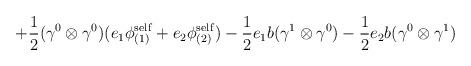
LaTeX: \begin{align*}+ \frac{1}{2} ({\gamma}^0 \otimes {\gamma}^0) (e_1 {\phi}^{\rm self}_{(1)}+ e_2 {\phi}^{\rm self}_{(2)}) - \frac{1}{2} e_1 b ({\gamma}^1\otimes {\gamma}^0 ) - \frac{1}{2} e_2 b ({\gamma}^0 \otimes{\gamma}^1 )\end{align*}